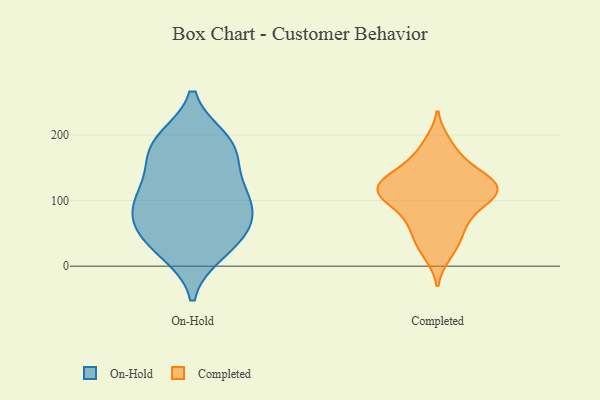
{"axis": {"x": "Production Output", "y": "Value"}, "legend": ["Completed", "On-Hold"], "data": [{"x": "", "y": 22, "type": "On-Hold"}, {"x": "", "y": 176, "type": "On-Hold"}, {"x": "", "y": 178, "type": "On-Hold"}, {"x": "", "y": 101, "type": "On-Hold"}, {"x": "", "y": 29, "type": "On-Hold"}, {"x": "", "y": 70, "type": "On-Hold"}, {"x": "", "y": 52, "type": "On-Hold"}, {"x": "", "y": 86, "type": "On-Hold"}, {"x": "", "y": 53, "type": "On-Hold"}, {"x": "", "y": 137, "type": "On-Hold"}, {"x": "", "y": 189, "type": "On-Hold"}, {"x": "", "y": 100, "type": "On-Hold"}, {"x": "", "y": 192, "type": "On-Hold"}, {"x": "", "y": 115, "type": "On-Hold"}, {"x": "", "y": 118, "type": "Completed"}, {"x": "", "y": 111, "type": "Completed"}, {"x": "", "y": 108, "type": "Completed"}, {"x": "", "y": 87, "type": "Completed"}, {"x": "", "y": 116, "type": "Completed"}, {"x": "", "y": 187, "type": "Completed"}, {"x": "", "y": 148, "type": "Completed"}, {"x": "", "y": 67, "type": "Completed"}, {"x": "", "y": 109, "type": "Completed"}, {"x": "", "y": 178, "type": "Completed"}, {"x": "", "y": 128, "type": "Completed"}, {"x": "", "y": 93, "type": "Completed"}, {"x": "", "y": 19, "type": "Completed"}, {"x": "", "y": 51, "type": "Completed"}, {"x": "", "y": 145, "type": "Completed"}, {"x": "", "y": 114, "type": "Completed"}, {"x": "", "y": 139, "type": "Completed"}, {"x": "", "y": 56, "type": "Completed"}, {"x": "", "y": 126, "type": "Completed"}, {"x": "", "y": 28, "type": "Completed"}]}